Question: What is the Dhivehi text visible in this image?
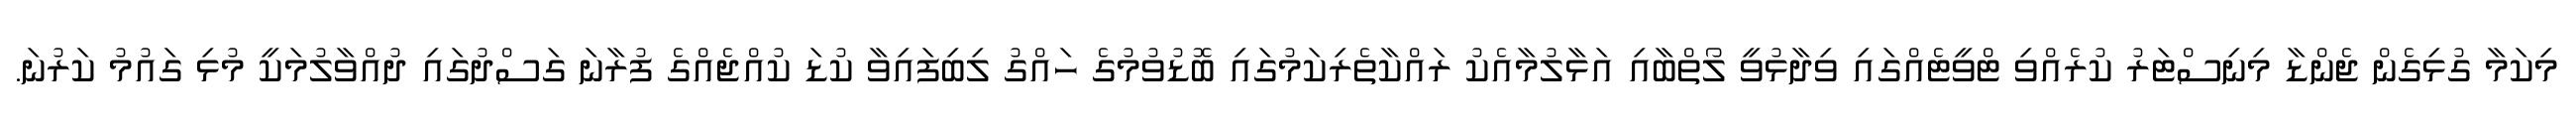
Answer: މިކަމާ ގުޅިގެން ޖެންޑާ މިނިސްޓަރު ކުރެއްވި ޓްވީޓެއްގައި ވިދާޅުވީ ލޯތްބާއި އަޅާލުމާއެކު ރައްކާތެރިކަމުގައި ބޮޑުވުމުގެ ހައްގު ލިބިފައިވާ ކުޑަ ކުއްޖެއްގެ ފުރާނަ ގަސްދުގައި ދުއްވާލުމަކީ މުޅި ގައުމު ކަރުނަ.